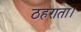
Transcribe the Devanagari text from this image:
ठहराता।